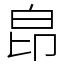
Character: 皍